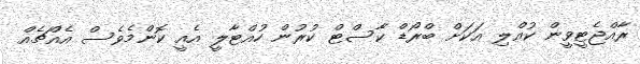
ރާއްޖެޓީވީން ކުއްލި އަކަށް ބްރޯޑް ކާސްޓް ކުރުން ހުއްޓާލީ އެއީ ކޮންމެވެސް އެއްޗެއް